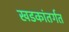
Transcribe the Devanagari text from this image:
खडकांतर्गत